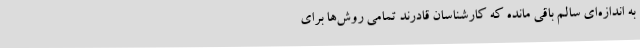
به اندازه‌ای سالم باقی مانده که کارشناسان قادرند تمامی روش‌ها برای